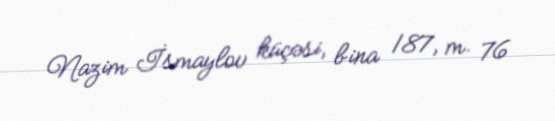
Nazim İsmaylov küçəsi, bina 187, m. 76